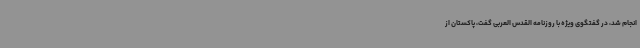
انجام شد، در گفتگوی ویژه با روزنامه القدس العربی گفت، پاکستان از